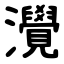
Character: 灚